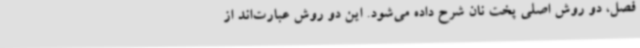
فصل، دو روش اصلی پخت نان شرح داده می‌شود. این دو روش عبارت‌اند از